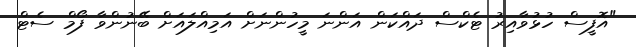
"އޮފީސް ހުޅުވާއިރު ޓެކްސް ދައްކަން އަންނަ މީހުންނަށް އަމިއްލައަށް ބޭނުންވާ ފޯމް ސެޓް